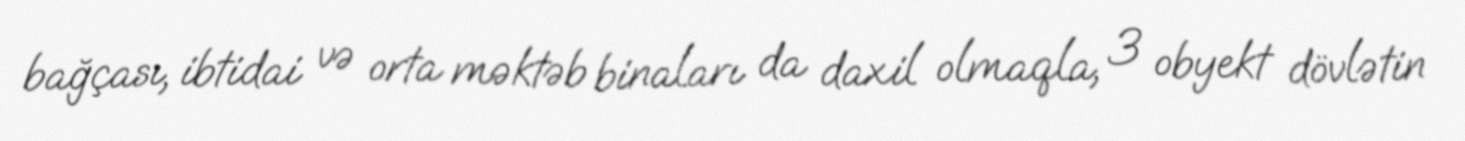
bağçası, ibtidai və orta məktəb binaları da daxil olmaqla, 3 obyekt dövlətin